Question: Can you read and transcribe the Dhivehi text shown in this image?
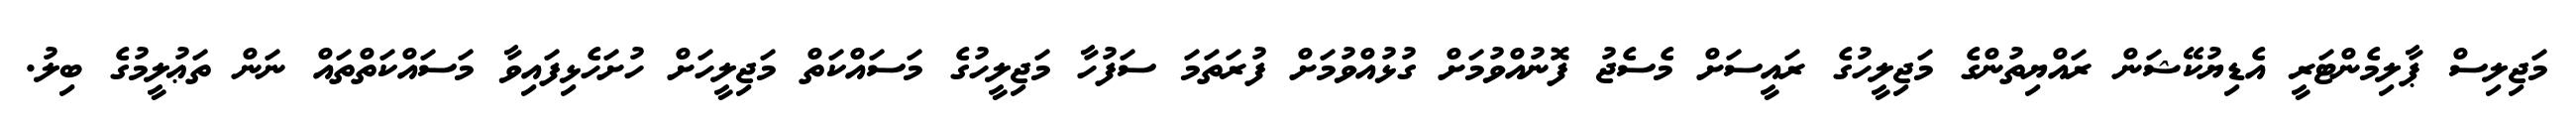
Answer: މަޖިލިސް ޕާލިމެންޓަރީ އެޑިޔުކޭޝަން ރައްޔިތުންގެ މަޖިލީހުގެ ރައީސަށް މެސެޖު ފޮނުއްވުމަށް ގުޅުއްވުމަށް ފުރަތަމަ ސަފުހާ މަޖިލީހުގެ މަސައްކަތް މަޖިލީހަށް ހުށަހެޅިފައިވާ މަސައްކަތްތައް ނަން ތަޢުލީމުގެ ބިލު.